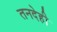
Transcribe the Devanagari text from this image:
तनदेही